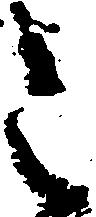
こ